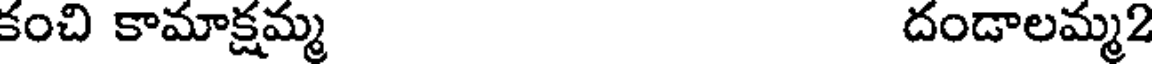
కంచి కామాక్షమ్మ దండాలమ్మ2